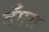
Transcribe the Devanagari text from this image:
बँगरा